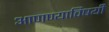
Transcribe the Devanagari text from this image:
आणण्याविषयी